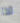
لذا